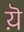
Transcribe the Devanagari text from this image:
य़ॆ